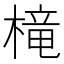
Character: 槞